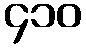
၄၁၀